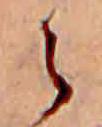
ら